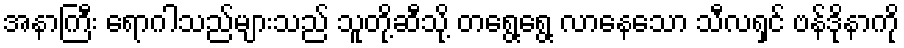
အနာကြီး ရောဂါသည်များသည် သူတို့ဆီသို့ တရွေ့ရွေ့ လာနေသော သီလရှင် ဗန်ဒိုနာကို